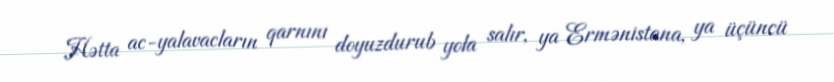
Hətta ac-yalavacların qarnını doyuzdurub yola salır, ya Ermənistana, ya üçüncü